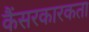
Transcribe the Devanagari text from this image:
कैंसरकारकता